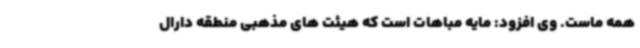
همه ماست. وی افزود: مایه مباهات است که هیئت های مذهبی منطقه دارال